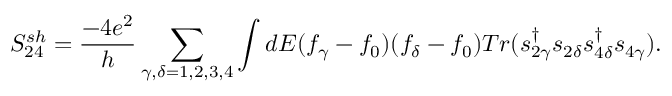
{ S _ { 2 4 } ^ { s h } = \frac { - 4 e ^ { 2 } } { h } \sum _ { \gamma , \delta = 1 , 2 , 3 , 4 } \int d E ( f _ { \gamma } - f _ { 0 } ) ( f _ { \delta } - f _ { 0 } ) T r ( s _ { 2 \gamma } ^ { \dagger } s _ { 2 \delta } s _ { 4 \delta } ^ { \dagger } s _ { 4 \gamma } ) . }